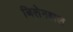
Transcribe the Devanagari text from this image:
जिलेनहाल